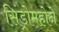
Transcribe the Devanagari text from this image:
सिंड्रोमहोने